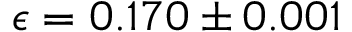
\epsilon = 0 . 1 7 0 \pm 0 . 0 0 1